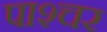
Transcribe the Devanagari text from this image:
पाश्‍चर